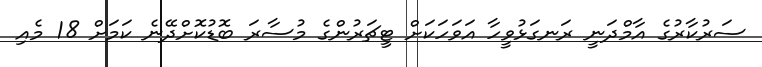
ސަރުކާރުގެ އާމްދަނީ ރަނގަޅުވީހާ އަވަހަކަށް ޓީޗަރުންގެ މުސާރަ ބޮޑުކޮށްދޭނެ ކަމަށް 18 މެއި